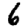
Digit: 6